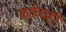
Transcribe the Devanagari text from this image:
कर्तव्यही